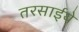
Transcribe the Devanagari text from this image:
तरसाईये